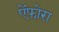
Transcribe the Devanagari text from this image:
ऐंफोरा